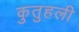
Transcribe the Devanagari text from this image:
कुतुहली